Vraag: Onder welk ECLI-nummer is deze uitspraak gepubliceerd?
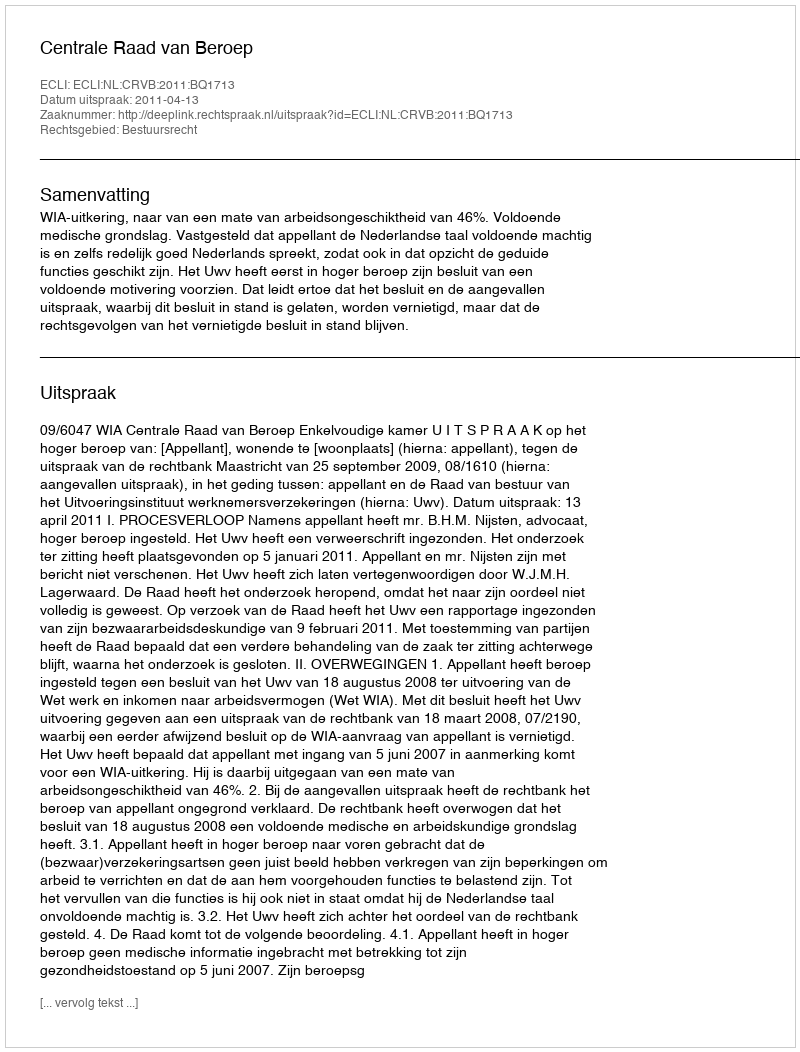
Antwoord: ECLI:NL:CRVB:2011:BQ1713